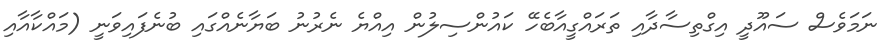
ނަމަވެސް ސައޫދީ އިގްތިސާދާއި ތަރައްގީއާބެހޭ ކައުންސިލުން އިއްޔެ ނެރުނު ބަޔާނެއްގައި ބުނެފައިވަނީ (މައްކާއާއި